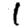
Digit: 1